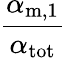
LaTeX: \frac{\alpha_{\mathrm{m,1}}}{\alpha_{\mathrm{tot}}}